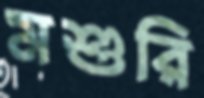
মশুরি